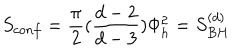
LaTeX: S _ { c o n f } = { \frac { \pi } { 2 } } ( { \frac { d - 2 } { d - 3 } } ) \Phi _ { h } ^ { 2 } = S _ { B H } ^ { ( d ) }